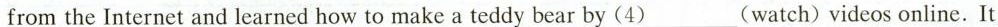
from the Internet and learned how to make a teddy bear by (4)___(watch) videos online. It